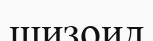
шизоид